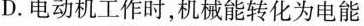
D.电动机工作时，机械能转化为电能